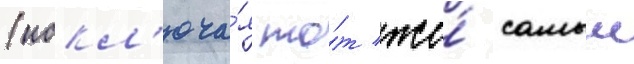
(искл'юча́я то́т же́ самыи